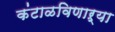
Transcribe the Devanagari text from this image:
कंटाळविणाऱ्या